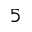
_ 5